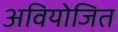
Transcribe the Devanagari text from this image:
अवियोजित